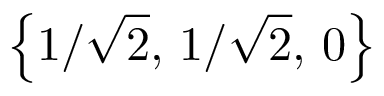
\left\lbrace { 1 } / { \sqrt { 2 } } , \, { 1 } / { \sqrt { 2 } } , \, 0 \right\rbrace